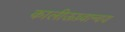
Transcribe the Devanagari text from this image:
कालीऊध्र्वान्वय